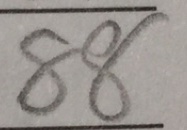
8 8